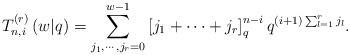
LaTeX: \begin{align*}T_{n,i}^{\left(r\right)}\left(w|q\right)=\sum_{j_{1},\cdots,j_{r}=0}^{w-1}\left[j_{1}+\cdots+j_{r}\right]_{q}^{n-i}q^{\left(i+1\right)\sum_{l=1}^{r}j_{l}}.\end{align*}